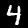
Label: 4